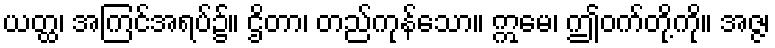
ယတ္ထ၊ အကြင်အရပ်၌။ ဌိတာ၊ တည်ကုန်သော။ ဣမေ၊ ဤဝက်တို့ကို။ အဇ္ဇ၊